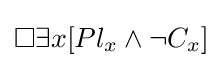
\Box \exists {x}[Pl_{x}\land \neg C_{x}]